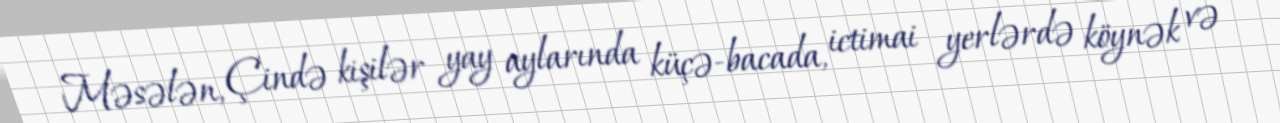
Məsələn, Çində kişilər yay aylarında küçə-bacada, ictimai yerlərdə köynək və